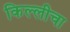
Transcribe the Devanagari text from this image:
किल्लीचा